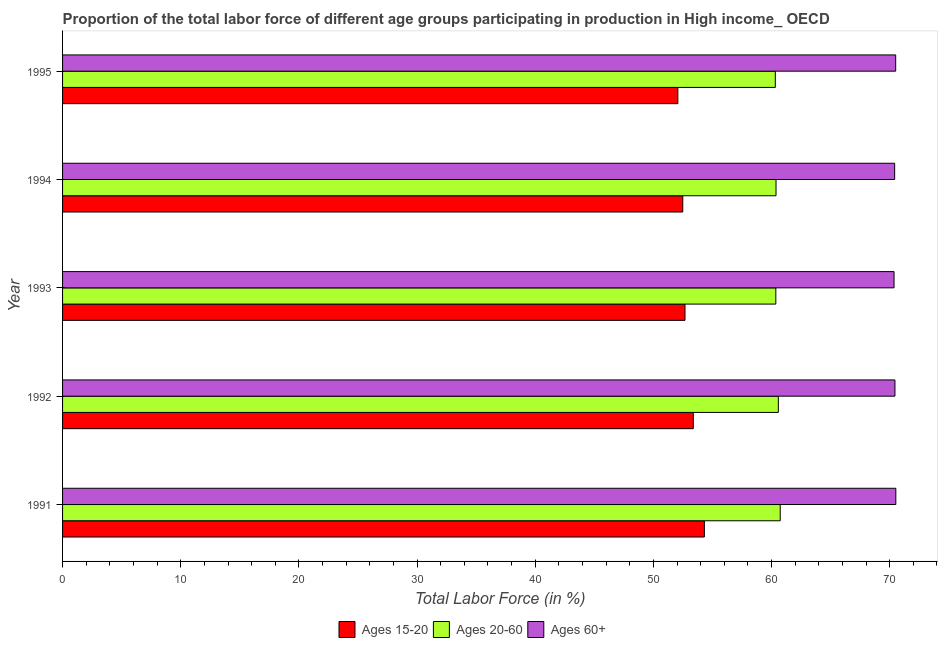
| Year | Ages 15-20 | Ages 20-60 | Ages 60+ |
 | --- | --- | --- | --- |
 | 1991 | 54.3 | 60.7 | 70.5 |
 | 1992 | 53.4 | 60.6 | 70.4 |
 | 1993 | 52.7 | 60.4 | 70.4 |
 | 1994 | 52.5 | 60.4 | 70.4 |
 | 1995 | 52.1 | 60.3 | 70.5 |